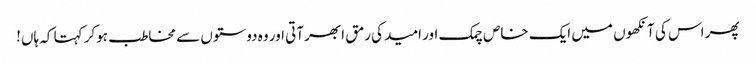
پھر اس کی آنکھوں میں ایک خاص چمک اور امید کی رمق ابھر آتی اور وہ دوستوں سے مخاطب ہوکر کہتا کہ ہاں!